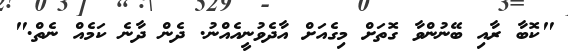
"ކޮބާ ރާއި ބޭނުންވާ ގޮތަށް މިގެއަށް އާދެވުނީއެއްނު. ދެން ދާނެ ކަމެއް ނެތް."